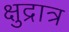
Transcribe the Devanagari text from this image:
क्षुद्रात्र